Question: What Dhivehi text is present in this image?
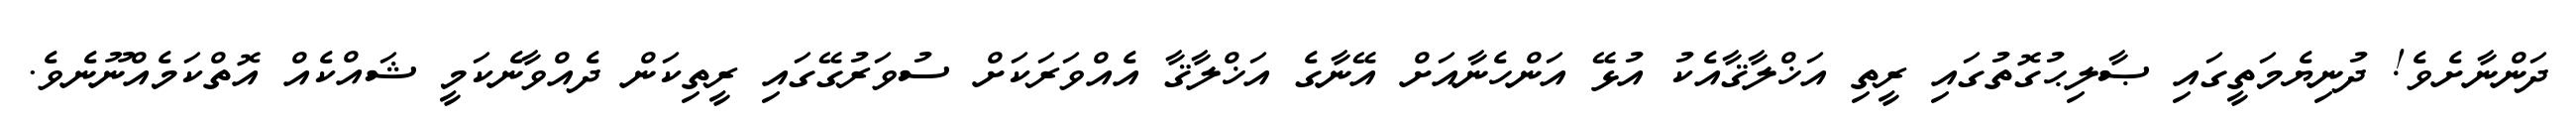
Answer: ދަންނާށެވެ! ދުނިޔެމަތީގައި ޞާލިޙުގޮތުގައި ރީތި އަޚްލާޤާއެކު އުޅޭ އަންހެނާއަށް އޭނާގެ އަޚްލާޤާ އެއްވަރަކަށް ސުވަރުގޭގައި ރީތިކަން ދެއްވާނެކަމީ ޝައްކެއް އޮތްކަމެއްނޫނެވެ.